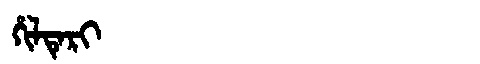
Manchu: ᡥᡳᠯᡨᡝᡵᡳ
Romanization: HILTERI